Vabadussoja_Ajaloo_Komitee, lk 16
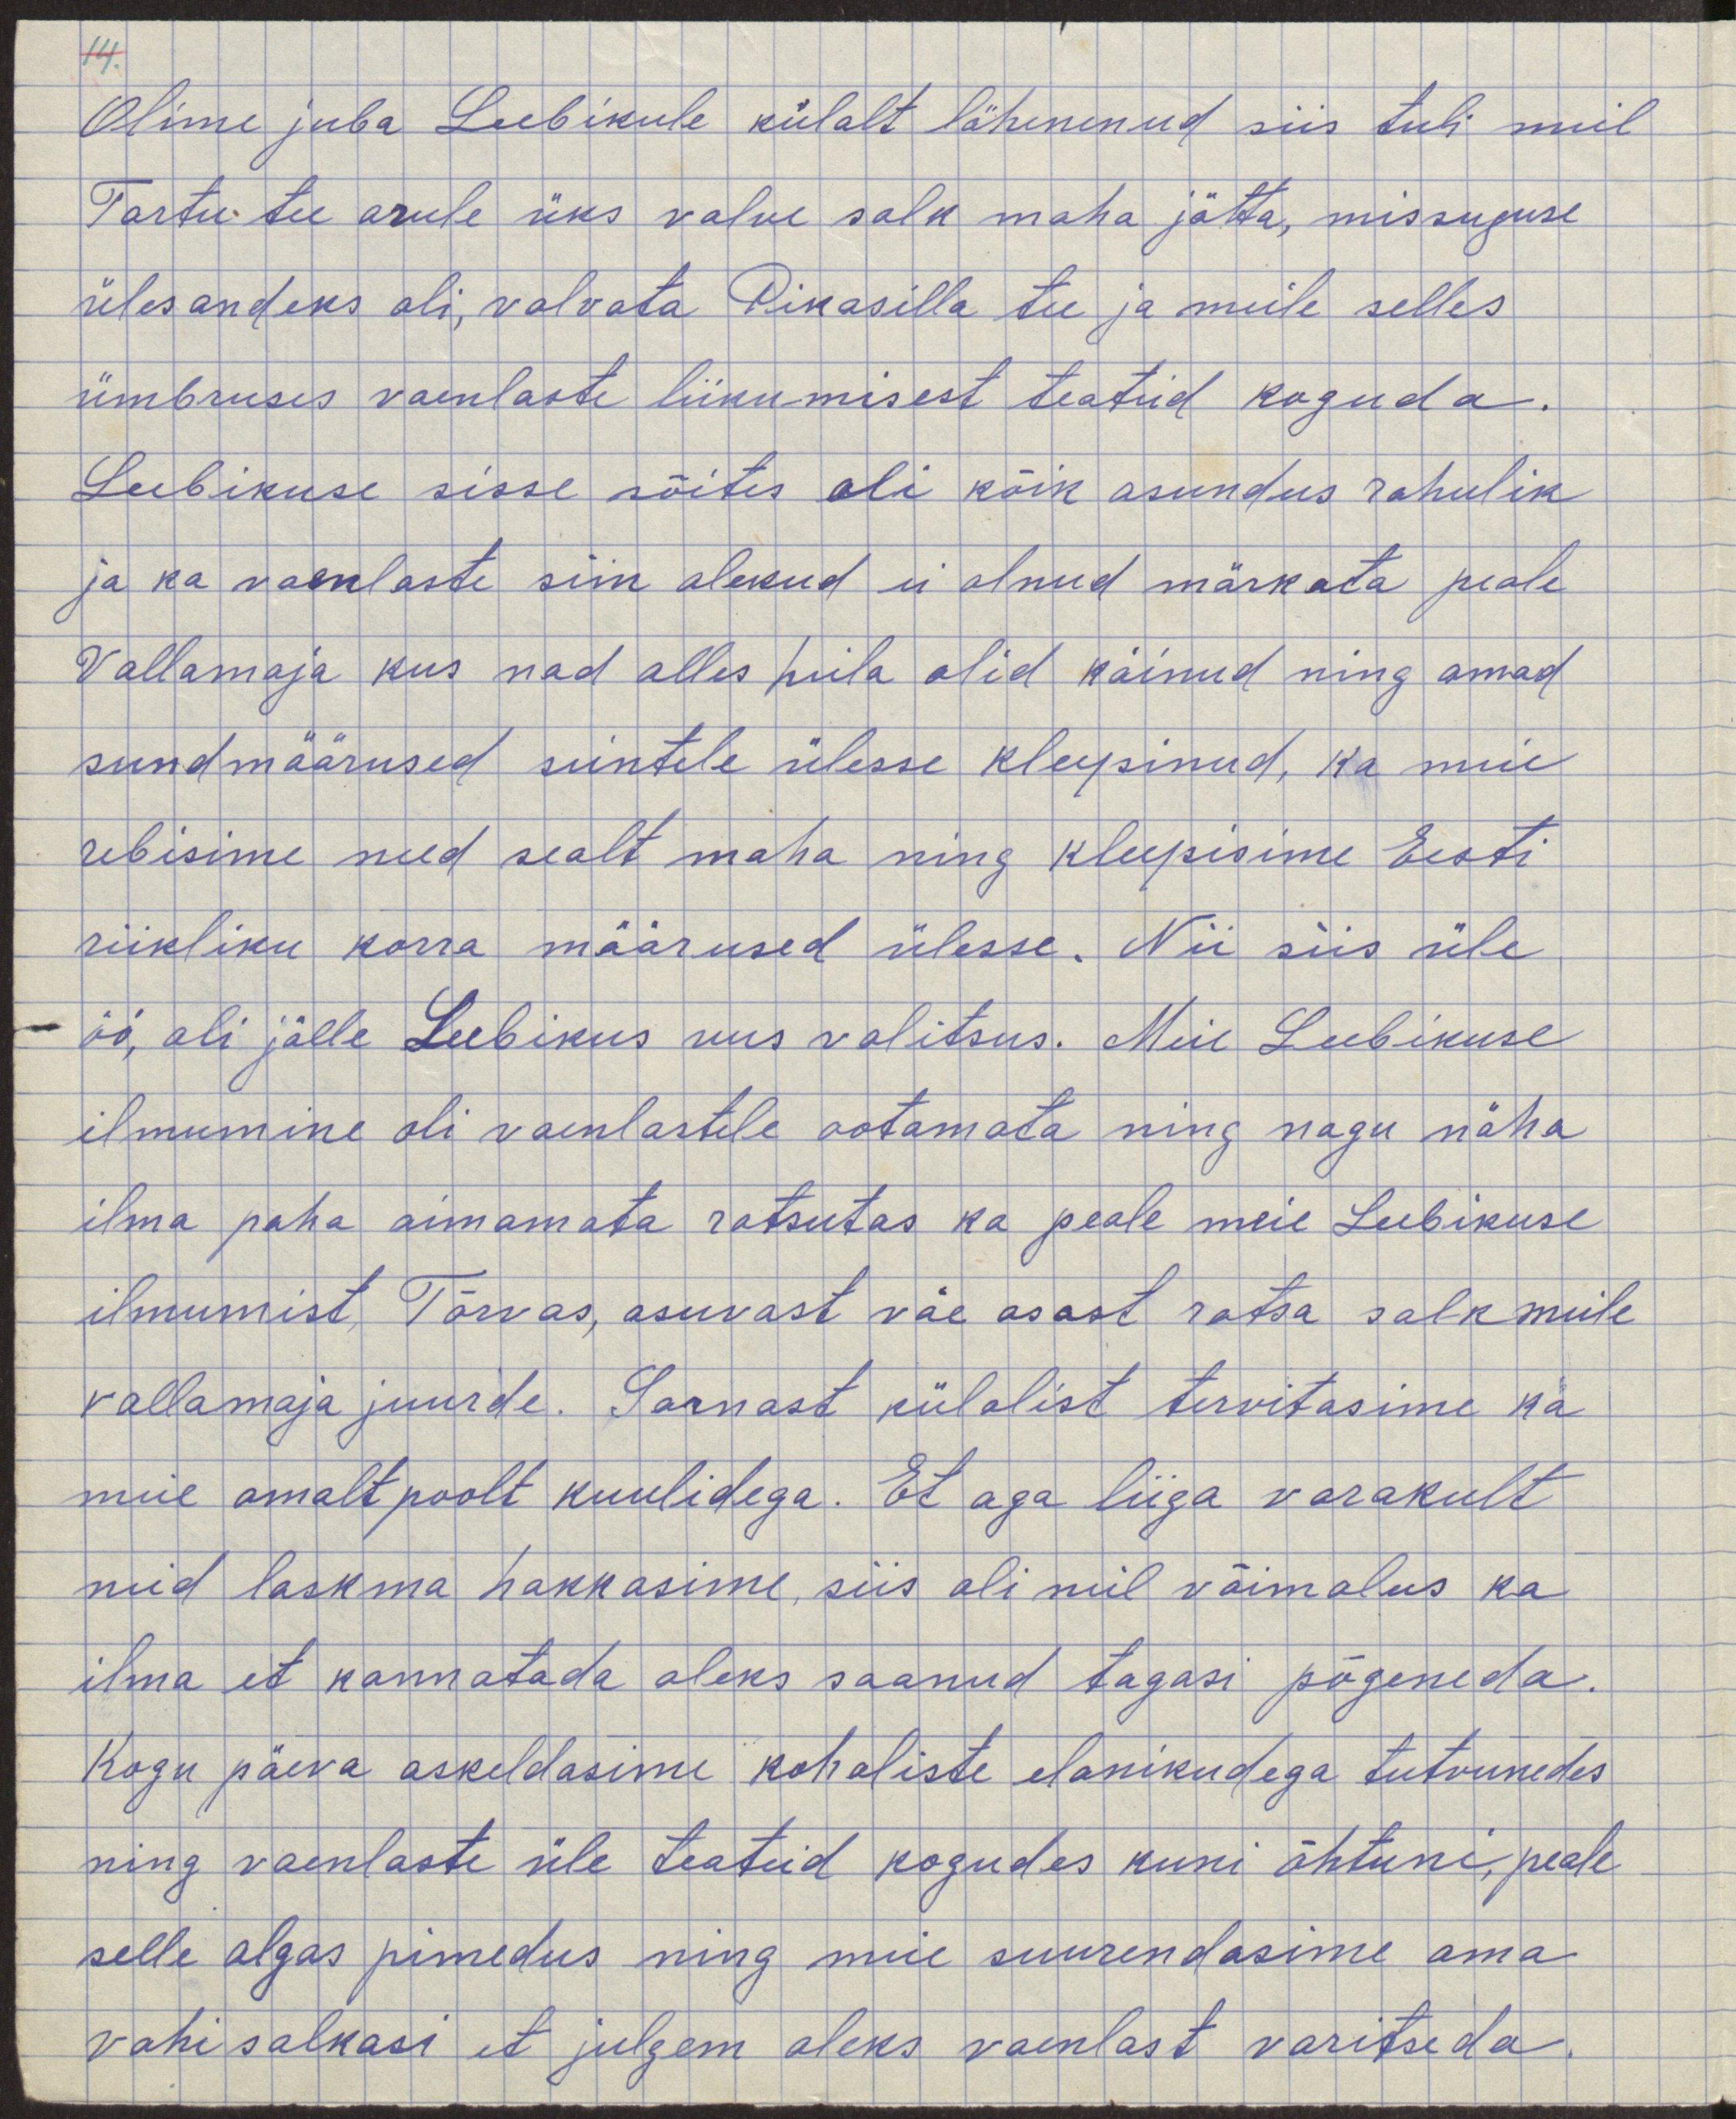
Olime juba Leebikule külalt lähenenud siis tuli meil
Tartu tee arule üks valve salk maha jätta, missuguse
ülesandeks oli, valvata Pikasilla tee ja meile selleks
ümbruses vaenlaste liikumisest teateid koguda. 
Leebikuse sisse sõites oli kõik asunduses rahulik
ja ka vaenlaste siin olekud ei olnud märkata peale
Vallamaja kus nad alles heila olid käinud ning omad
sundmäärused seintele ülesse kleepinud, ka meie
rebisime need sealt maha ning kleepisime Eesti
riikliku korra määrused ülesse. Nii siis üle
öö, oli jälle Leebikus uus valitsus. Meie Leebikuse
ilmumine oli vaenlastele ootamata ning nagu näha
ilma paha aimamata ratsutas ka peale meie Leebikuse
ilmumist Tõrvas, asuvast väe osast ratsa salk meile
vallamaja juurde. Sarnast külalist tervitasime ka
meie omalt poolt kuulidega. Et aga liiga varakult
neid laskma hakkasime, siis oli meil võimalus ka
ilma et kannatada oleks saanud tagasi põgenenda.
Kogu päeva askeldasime kohalike elanikudega tutvunedes
ning vaenlaste üle teateid kogudes kuni õhtuni, peale
selle algas pimedus ning meie suurendasime oma
vahisalkasi et julgem oleks vaenlast varitseda